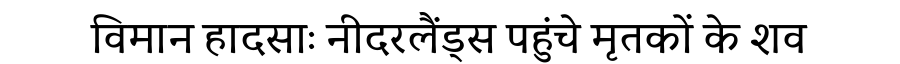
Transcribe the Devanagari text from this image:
विमान हादसाः नीदरलैंड्स पहुंचे मृतकों के शव